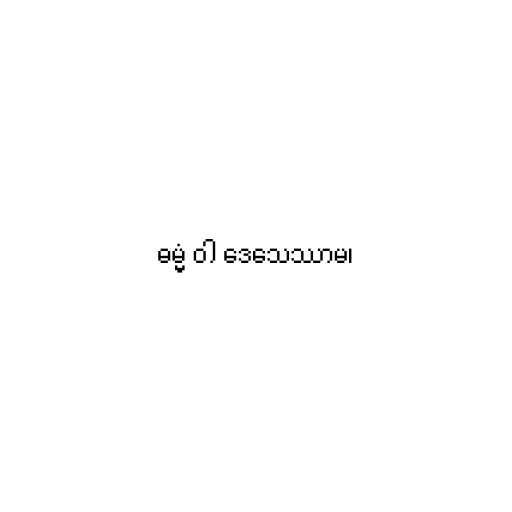
ဓမ္မံ ဝါ ဒေသေဿာမ၊